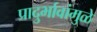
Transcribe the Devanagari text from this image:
प्रादुर्भावांमुळे